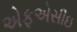
એફએસીઇ